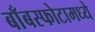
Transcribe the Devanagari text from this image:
बाँबस्फोटामध्ये